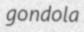
gondola